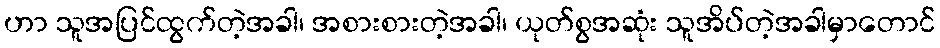
ဟာ သူအပြင်ထွက်တဲ့အခါ၊ အစားစားတဲ့အခါ၊ ယုတ်စွအဆုံး သူအိပ်တဲ့အခါမှာတောင်